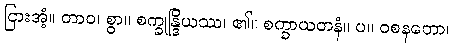
ငြားအံ့။ တာဝ၊ စွာ။ စက္ခုန္ဒြိယဿ၊ ၏။ စက္ခာယတနံ။ ပ။ ဝစနတော၊